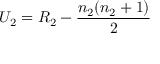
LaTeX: U _ { 2 } = R _ { 2 } - { \frac { n _ { 2 } ( n _ { 2 } + 1 ) } { 2 } } \,